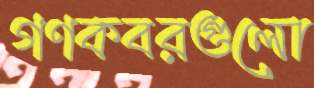
গণকবরগুলো